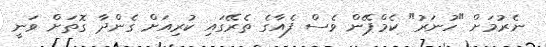
ނެރުމަށް "ހުނަރު" ކެމްޕޭން ވެސް ފެއާގެ ތެރޭގައި ކުރިއަށް ގެންދާ ގޮތަށް ވަނީ